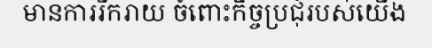
មានការរីករាយ ចំពោះកិច្ចប្រជុំរបស់យើង